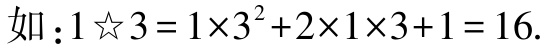
如：\(1☆3 = 1\times3^{2}+2\times1\times3 + 1=16\).